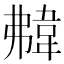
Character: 𩎡